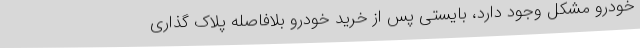
خودرو مشکل وجود دارد، بایستی پس از خرید خودرو بلافاصله پلاک گذاری